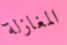
المغازلة